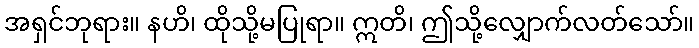
အရှင်ဘုရား။ နဟိ၊ ထိုသို့မပြုရာ။ ဣတိ၊ ဤသို့လျှောက်လတ်သော်။